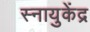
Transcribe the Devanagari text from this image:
स्नायुकेंद्र